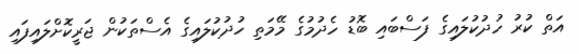
އަތް ކުރު ހުދުކުލައިގެ ފަސްބައި ބޮޑު ހެދުމުގެ މޭމަތި ހުދުކުލައިގެ އެސްތަކުން ޖަރީކޮށްލައިފައި